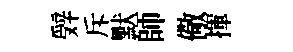
辤斥默師儆揮